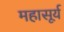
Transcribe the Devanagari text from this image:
महासूर्य